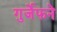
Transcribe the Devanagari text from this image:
गुर्जेफने